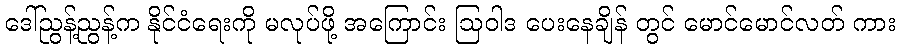
ဒေါ်ညွန့်ညွန့်က နိုင်ငံရေးကို မလုပ်ဖို့ အကြောင်း ဩဝါဒ ပေးနေချိန် တွင် မောင်မောင်လတ် ကား